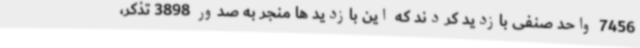
7456 واحد صنفی بازدید کردند که این بازدید ها منجر به صدور 3898 تذکر،